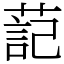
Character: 䓽